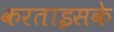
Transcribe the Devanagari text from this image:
करताइसके